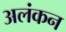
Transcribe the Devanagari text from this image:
अलंकन